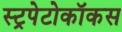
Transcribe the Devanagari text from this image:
स्ट्रपेटोकॉकस